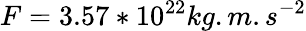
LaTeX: F=3.57*10^{22}kg.m.s^{-2}